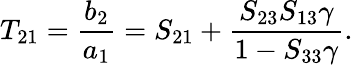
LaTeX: T_{21}=\frac{b_{2}}{a_{1}}=S_{21}+\frac{S_{23}S_{13}\gamma}{1-S_{33}\gamma}.